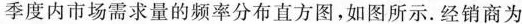
季度内市场需求量的频率分布直方图，如图所示。经销商为